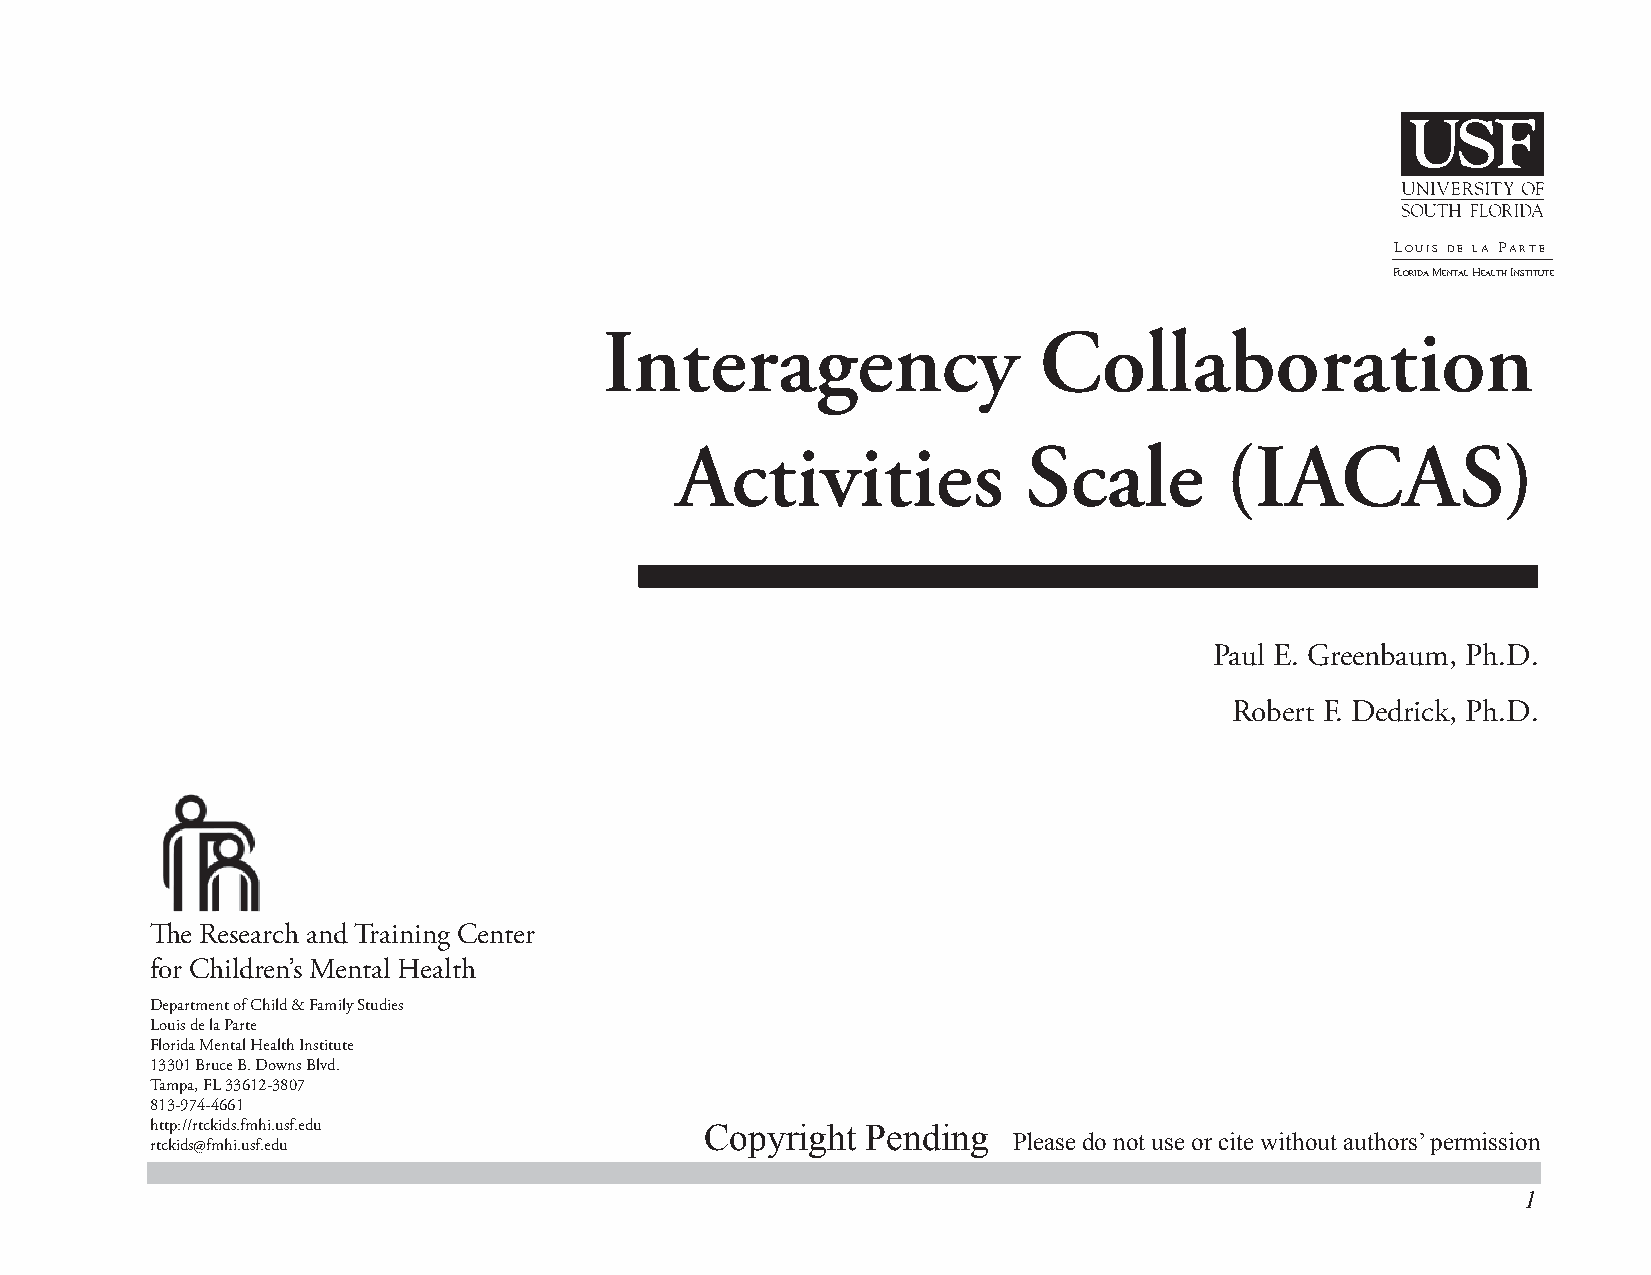
LOUIS DE LA PARTE
 FLORIDA MENTAL HEALTH INSTITUTE
 Interagency                  Collaboration
 Activities             Scale        (IACAS)
 Paul E. Greenbaum, Ph.D.
 Robert F. Dedrick, Ph.D.
 Th e Research and Training Center
 for Children’s Mental Health
 Department of Child & Family Studies
 Louis de la Parte
 Florida Mental Health Institute
 13301 Bruce B. Downs Blvd.
 Tampa, FL 33612-3807
 813-974-4661
 http://rtckids.fmhi.usf.edu          Copyright Pending
 Please do not use or cite without authors’ permission
 rtckids@fmhi.usf.edu
 1